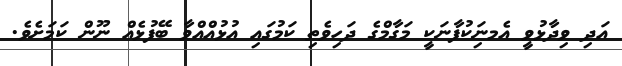
އަދި ވިދާޅުވީ އެމނަިކުފާނަކީ މަގާމްގެ ދަހިވެތި ކަމުގައި އުޅުއްއްވާ ބޭފުޅެއް ނޫން ކަމަށެވެ.